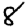
Digit: 8